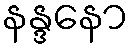
နန္ဒနော